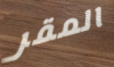
المقر